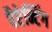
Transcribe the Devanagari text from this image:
पैरेन्टिंग